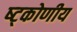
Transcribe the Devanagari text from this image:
ष्ट्कोणीय